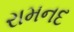
રામનદ